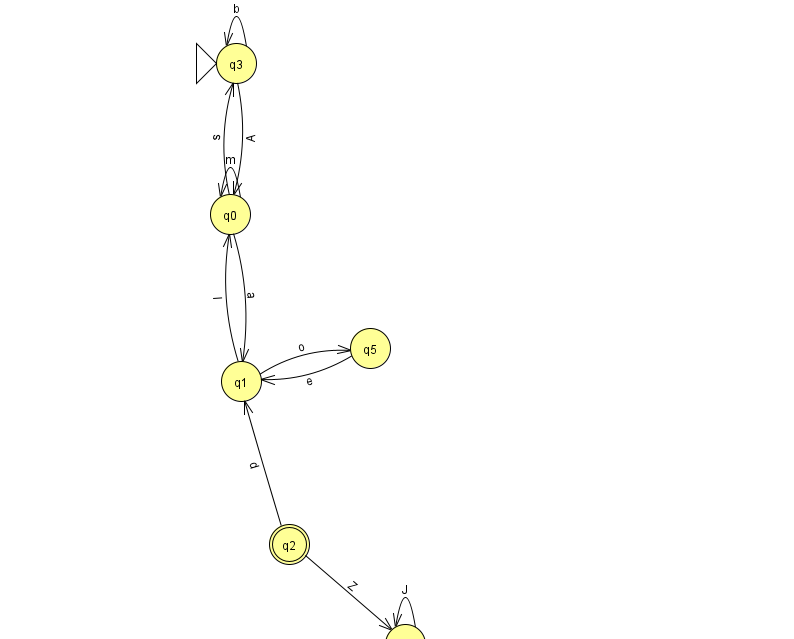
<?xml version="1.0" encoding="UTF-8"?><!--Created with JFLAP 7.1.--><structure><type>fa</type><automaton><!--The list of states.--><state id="0" name="q0"><x>230.0</x><y>201.0</y></state><state id="1" name="q1"><x>241.0</x><y>368.0</y></state><state id="2" name="q2"><x>289.0</x><y>531.0</y><final/></state><state id="3" name="q3"><x>236.0</x><y>50.0</y><initial/></state><state id="4" name="q4"><x>405.0</x><y>631.0</y></state><state id="5" name="q5"><x>370.0</x><y>335.0</y></state><!--The list of transitions.--><transition><from>1</from><to>0</to><read>I</read></transition><transition><from>1</from><to>5</to><read>o</read></transition><transition><from>3</from><to>3</to><read>b</read></transition><transition><from>3</from><to>0</to><read>A</read></transition><transition><from>0</from><to>3</to><read>s</read></transition><transition><from>2</from><to>1</to><read>d</read></transition><transition><from>0</from><to>1</to><read>a</read></transition><transition><from>2</from><to>4</to><read>Z</read></transition><transition><from>4</from><to>4</to><read>J</read></transition><transition><from>5</from><to>1</to><read>e</read></transition><transition><from>0</from><to>0</to><read>m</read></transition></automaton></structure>